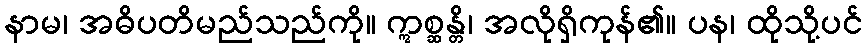
နာမ၊ အဓိပတိမည်သည်ကို။ ဣစ္ဆန္တိ၊ အလိုရှိကုန်၏။ ပန၊ ထိုသို့ပင်